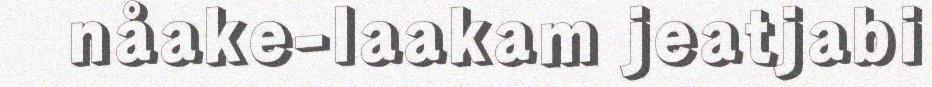
nåake-laakam jeatjabi